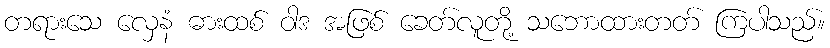
တရားသေ လှေနံ ဓားထစ် ဝါဒ အဖြစ် ခေတ်လူတို့ သဘောထားတတ် ကြပါသည်။